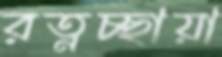
রত্নচ্ছায়া